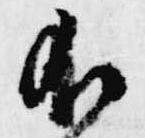
不